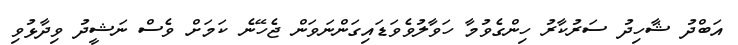
އަބްދު ޝާހިދު ސަރުކާރު ހިންގެވުމާ ހަވާލުވެވަޑައިގަންނަވަން ޖެހޭނެ ކަމަށް ވެސް ނަޝީދު ވިދާޅުވި